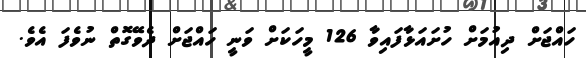
ހައްޖަށް ދިއުމަށް ހުށައަޅާފައިވާ 126 މީހަކަށް ވަނީ ހައްޖަށް ދެވޭގޮތް ނުވެފަ އެވެ.